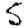
Digit: 5